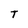
Character: T